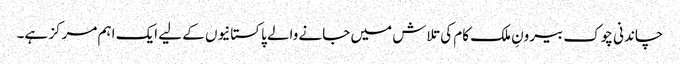
چاندنی چوک بیرونِ ملک کام کی تلاش میں جانے والے پاکستانیوں کے لیے ایک اہم مرکز ہے۔